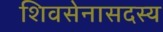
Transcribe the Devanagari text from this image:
शिवसेनासदस्य